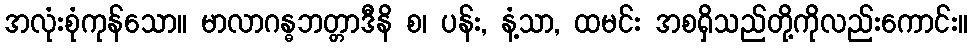
အလုံးစုံကုန်သော။ မာလာဂန္ဓဘတ္တာဒီနိ စ၊ ပန်း, နံ့သာ, ထမင်း အစရှိသည်တို့ကိုလည်းကောင်း။